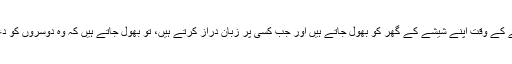
مودی جی اکثر دوسروں کے گھر پر پتھر مارنے کے وقت اپنے شیشے کے گھر کو بھول جاتے ہیں اور جب کسی پر زبان دراز کرتے ہیں، تو بھول جاتے ہیں کہ وہ دوسروں کو دعوت دے رہے ہیں کہ وہ بھی ان پر حملہ آور ہو۔